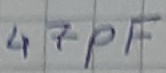
Text: 47pF